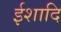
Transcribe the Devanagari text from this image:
ईशादि